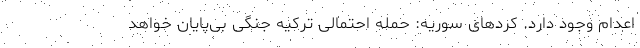
اعدام وجود دارد. کردهای سوریه: حمله احتمالی ترکیه جنگی بی‌پایان خواهد